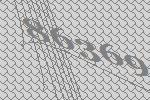
86369